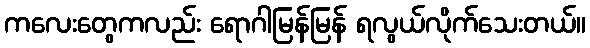
ကလေးတွေကလည်း ရောဂါမြန်မြန် ရလွယ်လိုက်သေးတယ်။